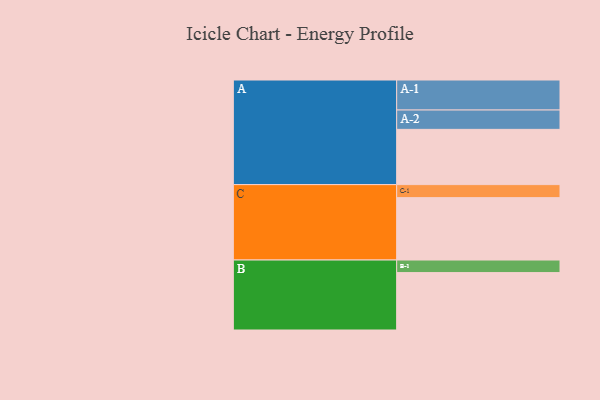
{"axis": {"x": "Segment", "y": "Value"}, "legend": ["", "A", "B", "C"], "data": [{"x": "A", "y": 488, "type": ""}, {"x": "B", "y": 507, "type": ""}, {"x": "C", "y": 551, "type": ""}, {"x": "A-1", "y": 265, "type": "A"}, {"x": "A-2", "y": 171, "type": "A"}, {"x": "B-1", "y": 111, "type": "B"}, {"x": "C-1", "y": 115, "type": "C"}]}